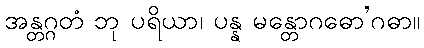
အန္တဂ္ဂတံ ဘု ပရိယာ၊ ပန္န မန္တောဂဓော’ဂဓာ။